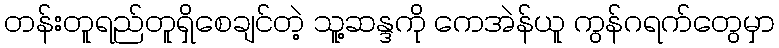
တန်းတူရည်တူရှိစေချင်တဲ့ သူ့ဆန္ဒကို ကေအဲန်ယူ ကွန်ဂရက်တွေမှာ